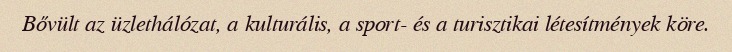
Bővült az üzlethálózat, a kulturális, a sport- és a turisztikai létesítmények köre.